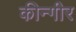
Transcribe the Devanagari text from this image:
कीन्गीर